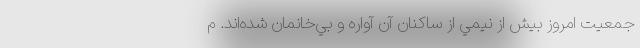
جمعيت امروز بيش از نيمي از ساكنان آن آواره و بي‌خانمان شده‌اند. م